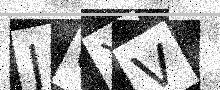
Text: J0XV